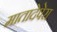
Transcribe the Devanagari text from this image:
मातादेपेरा